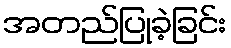
အတည်ပြုခဲ့ခြင်း